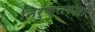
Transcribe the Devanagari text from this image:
निरुक्तकारों